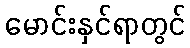
မောင်းနှင်ရာတွင်